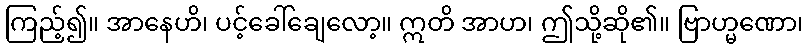
ကြည့်၍။ အာနေဟိ၊ ပင့်ခေါ်ချေလော့။ ဣတိ အာဟ၊ ဤသို့ဆို၏။ ဗြာဟ္မဏော၊